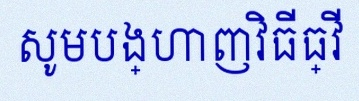
សូមបង្ហាញវិធីធ្វើ